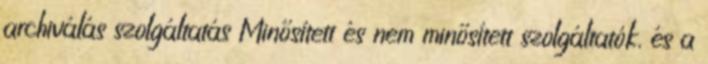
archiválás szolgáltatás Minősített és nem minősített szolgáltatók, és a